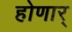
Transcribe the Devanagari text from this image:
होणार्